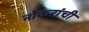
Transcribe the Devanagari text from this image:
नोकरांची